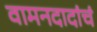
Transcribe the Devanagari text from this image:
वामनदादांचं